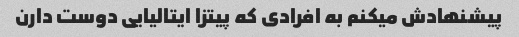
پیشنهادش میکنم به افرادی که پیتزا ایتالیایی دوست دارن